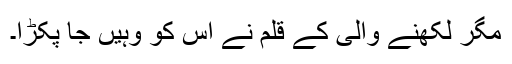
مگر لکھنے والی کے قلم نے اس کو وہیں جا پکڑا۔